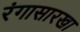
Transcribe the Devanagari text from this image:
रंगासारखा